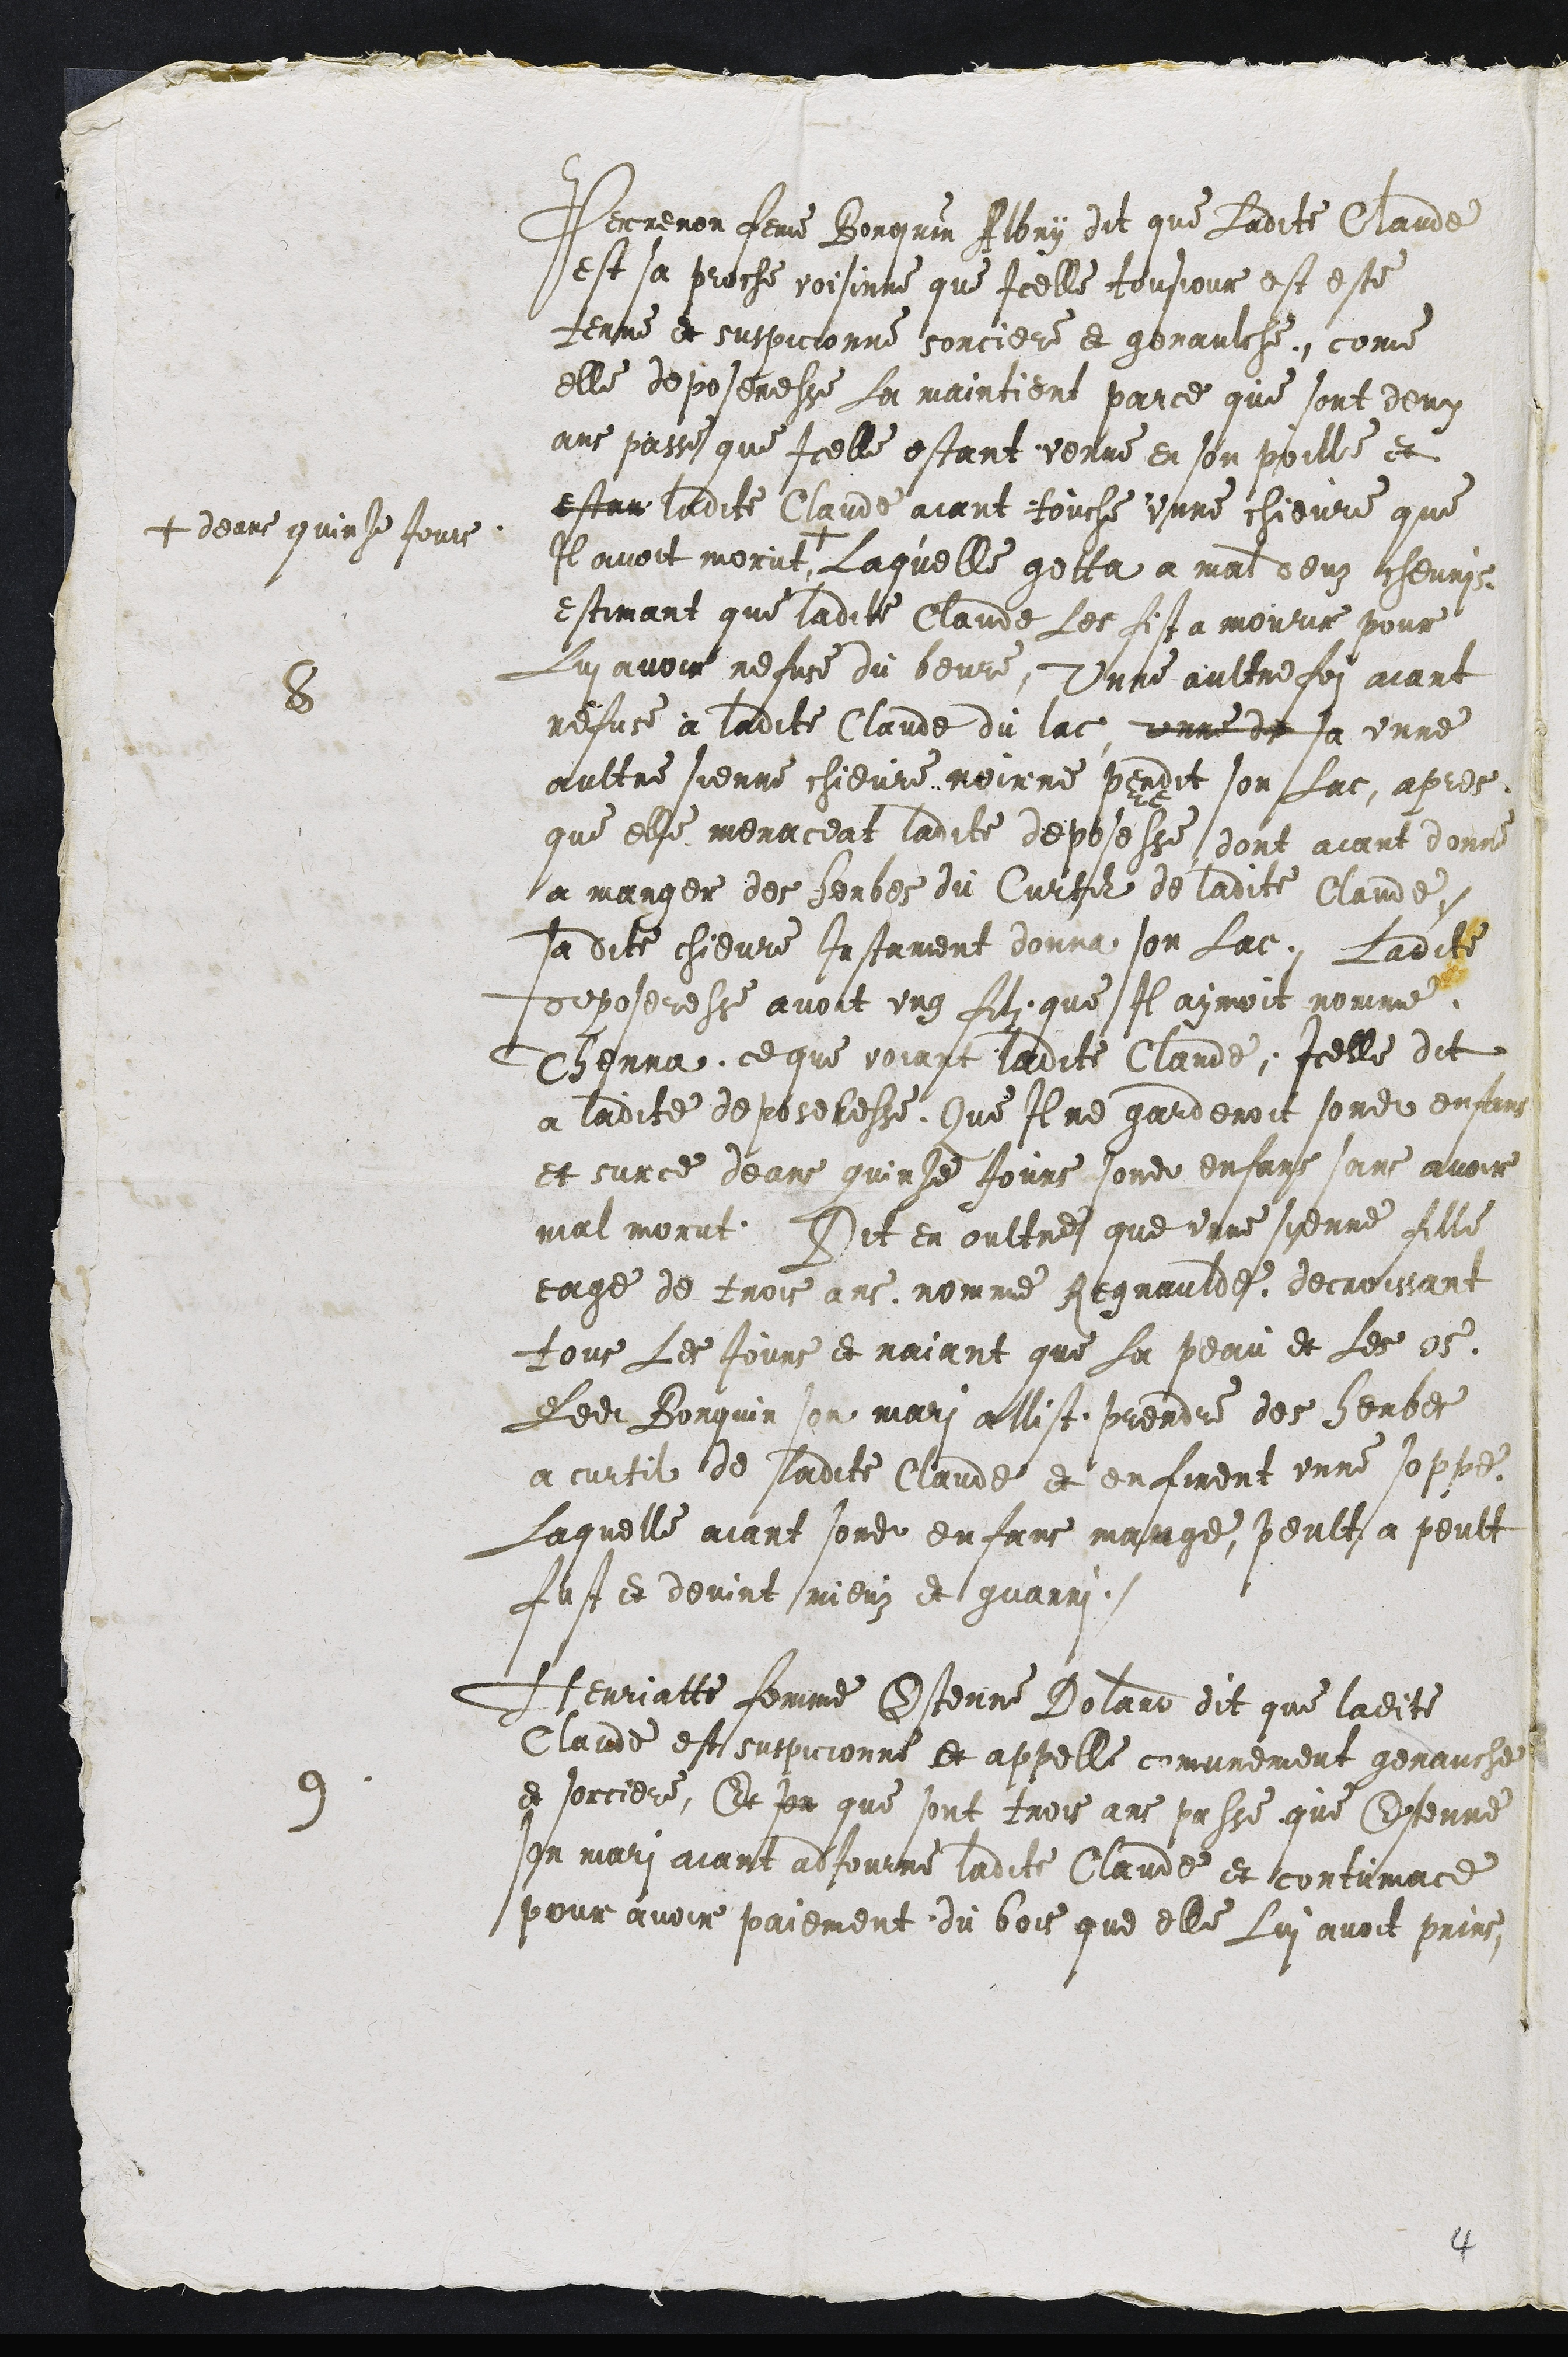
8 Perrenon feme Bourquin Albry dit que Ladite Claude
est sa proche voisine que Icelle tousjour est este
tenue et suspicionne sorciere et genaulche, come
elle deposeresse La maintient parce que sont deux
ans passe que Icelle estant venue en son poille et
estan ladite Claude aiant touche unne chievre que
Il avoit morut +
+ deans quinze Jours
Laquelle getta a mal deuz chevris
estimant que ladite Claude les fist a mourir pour
Lui avoir refuse du beure, Unne aultre foy aiant
refuse à ladite Claude du lac, unne de sa unne
aultre sienne chievre noirre perdit son Lac, apres
que elle menaceat ladite deposesse dont aiant donne
a mager des herbes du Curtil de ladite Claude,
sa dite chievre Instament donna son Lac. Ladite
deposeresse avoit ung filz que Il aymoit nomme
Thenna ce que voiant ladite Claude, Icelle dit
a ladite deposeresse, Que Il ne garderoit sondit enfans
et sur ce deans quinze Jours sondit enfans sans avoir
mal morut Dit en oultre que unne sienne fille
eage de trois ans nomme Regnaulde decroissant
tous les Jours et naiant que La peau et Les os,
Ledit Borquin son mari allist prendre des herbes
a curtil de ladite Claude et en firent unne soppe,
Laquelle aiant sondit enfans mange, peult a peult
fust et devint mieuz et guarri.
9. Henriette femme Estenne Dolard dit que ladite
Claude est suspicionne et appelle comunement genauche
et sorciere, Et son que sont trois ans passe que Estenne
son mari aiant adJourne ladite Claude et contumace
pour avoir paiement du bois que elle Lui avoit prins,

4